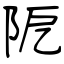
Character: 阸